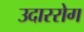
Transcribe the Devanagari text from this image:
उदाररोग